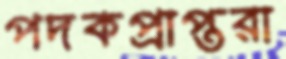
পদকপ্রাপ্তরা